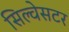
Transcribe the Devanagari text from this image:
सिल्वेसटर